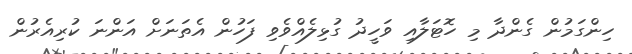
ހިންގަމުން ގެންދާ މި ހޮޓަލާއި ވަހީދު ގުޅިލެއްވެވި ފަހުން އެތަނަަށް އަންނަ ކުރިއެރުން